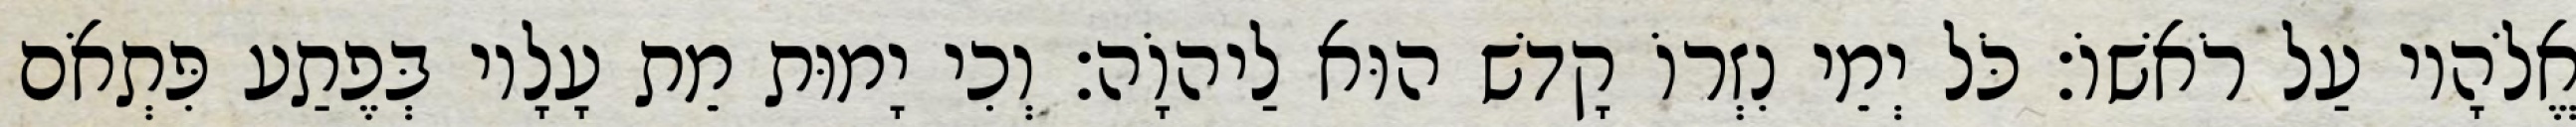
אֱלֹהָיו עַל רֹאשׁוֹ׃ כֹּל יְמֵי נִזְרוֹ קָדשׁ הוּא לַיהוָֹה׃ וְכִי יָמוּת מֵת עָלָיו בְּפֶתַע פִּתְאֹם